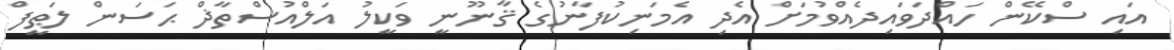
އައި ސްކޭން ހައްދަވައިދެއްވުމަށް އެދި އެމަނިކުފާނުގެ ޤާނޫނީ ވަކީލު އަލްއުސްތާޛް ޙަސަން ލަޠީފް